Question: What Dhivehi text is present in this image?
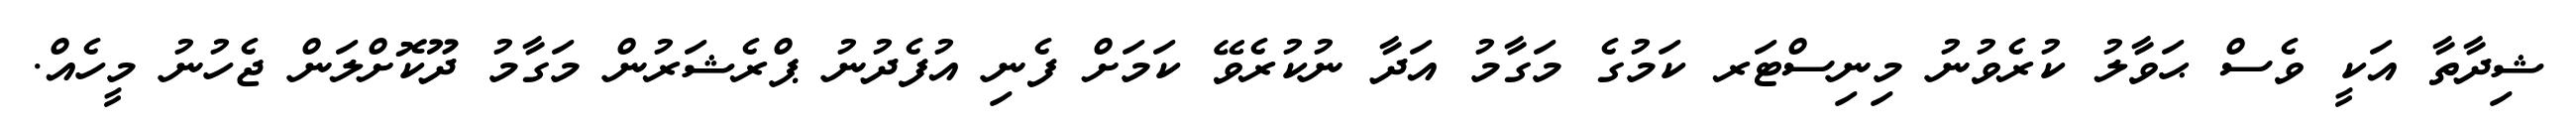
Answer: ޝިދާތާ އަކީ ވެސް ޙަވާލު ކުރެވުނު މިނިސްޓަރ ކަމުގެ މަގާމު އަދާ ނުކުރެވޭ ކަމަށް ފެނި އުފެދުނު ޕްރެޝަރުން މަގާމު ދޫކޮށްލަން ޖެހުނު މީހެއް.